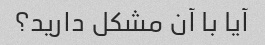
آیا با آن مشکل دارید؟